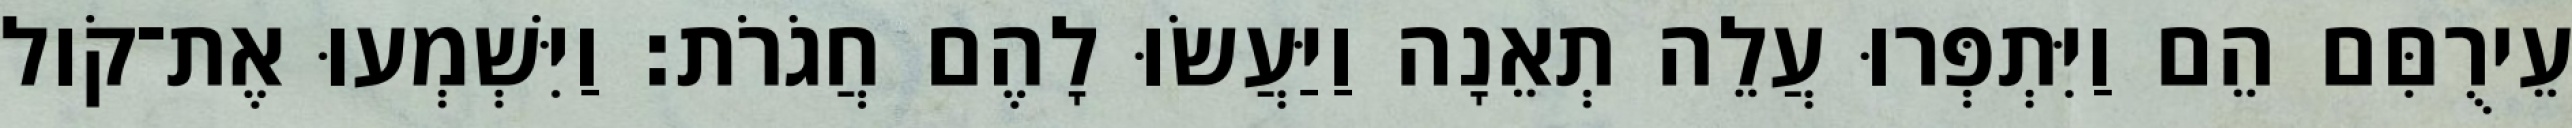
עֵירֻםִּם הֵם וַיִּתְפְּרוּ עֲלֵה תְאֵנָה וַיַּעֲשׂוּ לָהֶם חֲגֹרֹת׃ וַיִּשְׁמְעוּ אֶת־קֹול